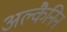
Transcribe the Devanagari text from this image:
अल्कैनिन